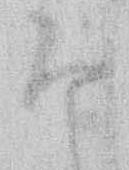
な